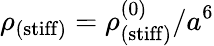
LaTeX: \rho_{\mathrm{(stiff)}}=\rho_{\mathrm{(stiff)}}^{(0)}/a^{6}